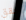
حقق